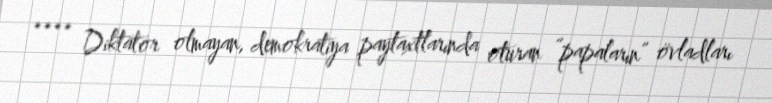
**** Diktator olmayan, demokratiya paytaxtlarında oturan “papaların” övladları